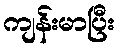
ကျန်းမာပြီး